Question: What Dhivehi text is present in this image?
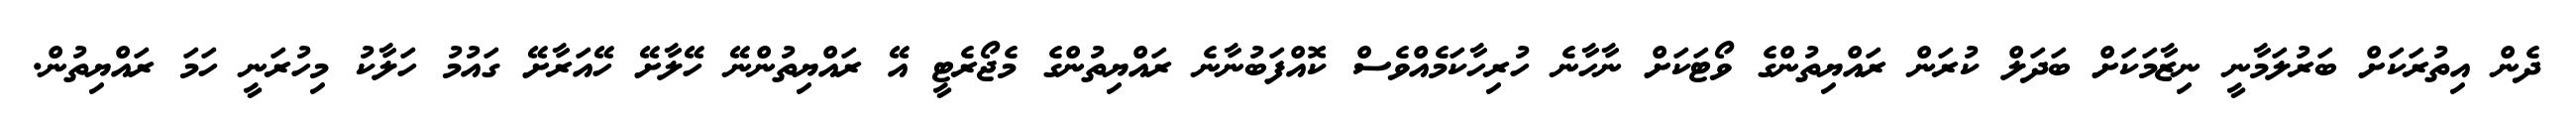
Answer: ދެން އިތުރަކަށް ބަރުލަމާނީ ނިޒާމަކަށް ބަދަލް ކުރަން ރައްޔިތުންގެ ވޯޓަކަށް ނާހާނެ ހުރިހާކަމެއްވެސް ކޮއްފަބުނާނެ ރައްޔިތުންގެ މެޖޯރެޓީ އޭ ރައްޔިތުންނޭ ހޭލާށޭ ހޭއަރާށޭ ގައުމު ހަލާކު މިހުރަނީ ހަމަ ރައްޔިތުން.